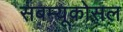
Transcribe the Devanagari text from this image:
सबम्‍यूकोसल